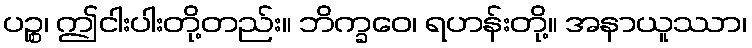
ပဉ္စ၊ ဤငါးပါးတို့တည်း။ ဘိက္ခဝေ၊ ရဟန်းတို့။ အနာယူဿာ၊